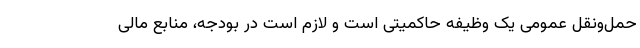
حمل‌ونقل عمومی یک وظیفه حاکمیتی است و لازم است در بودجه، منابع مالی